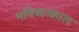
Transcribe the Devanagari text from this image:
भविष्यत्काल